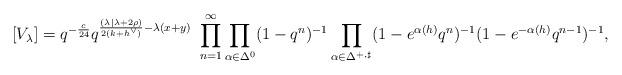
LaTeX: \begin{align*}[V_\lambda] = q^{-\frac{c}{24}} q^{\frac{(\lambda| \lambda + 2\rho) }{2(k+h^\vee)} -\lambda(x+y)}\ \prod_{n=1}^\infty \prod_{\alpha \in \Delta_{}^{0}} (1-q^{n})^{-1} \prod_{\alpha \in \Delta_{}^{+, \sharp}}(1-e^{\alpha(h)}q^{n})^{-1} (1-e^{-\alpha(h)}q^{n-1})^{-1},\end{align*}